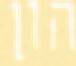
הון